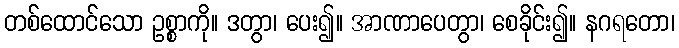
တစ်ထောင်သော ဥစ္စာကို။ ဒတွာ၊ ပေး၍။ အာဏာပေတွာ၊ စေခိုင်း၍။ နဂရတော၊